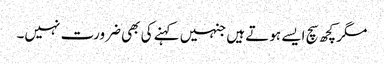
مگر کچھ سچ ایسے ہوتے ہیں جنہیں کہنے کی بھی ضرورت نہیں۔